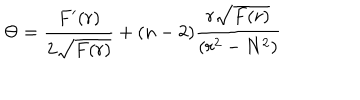
\Theta = \frac { F ^ { \prime } ( r ) } { 2 \sqrt { F ( r ) } } + ( n - 2 ) \frac { r \sqrt { F ( r ) } } { ( r ^ { 2 } - N ^ { 2 } ) }